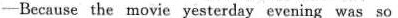
-Because the movie yesterday evening was so